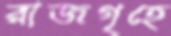
রাজগৃহে